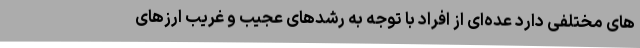
های مختلفی دارد عده‌ای از افراد با توجه به رشدهای عجیب و غریب ارزهای